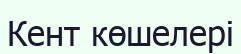
Кент көшелері